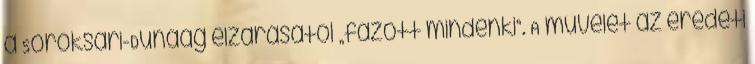
a Soroksári-Dunaág elzárásától „fázott mindenki”. A művelet az eredeti